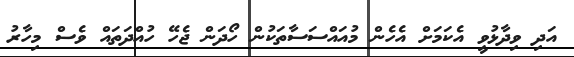
އަދި ވިދާޅުވީ އެކަމަށް އެހެން މުއައްސަސާތަކުން ހޯދަން ޖެހޭ ހުއްދަތައް ވެސް މިހާރު